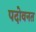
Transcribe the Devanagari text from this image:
पदोवनत